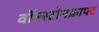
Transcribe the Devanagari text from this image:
वॉल्स्टोनक्राफ्ट